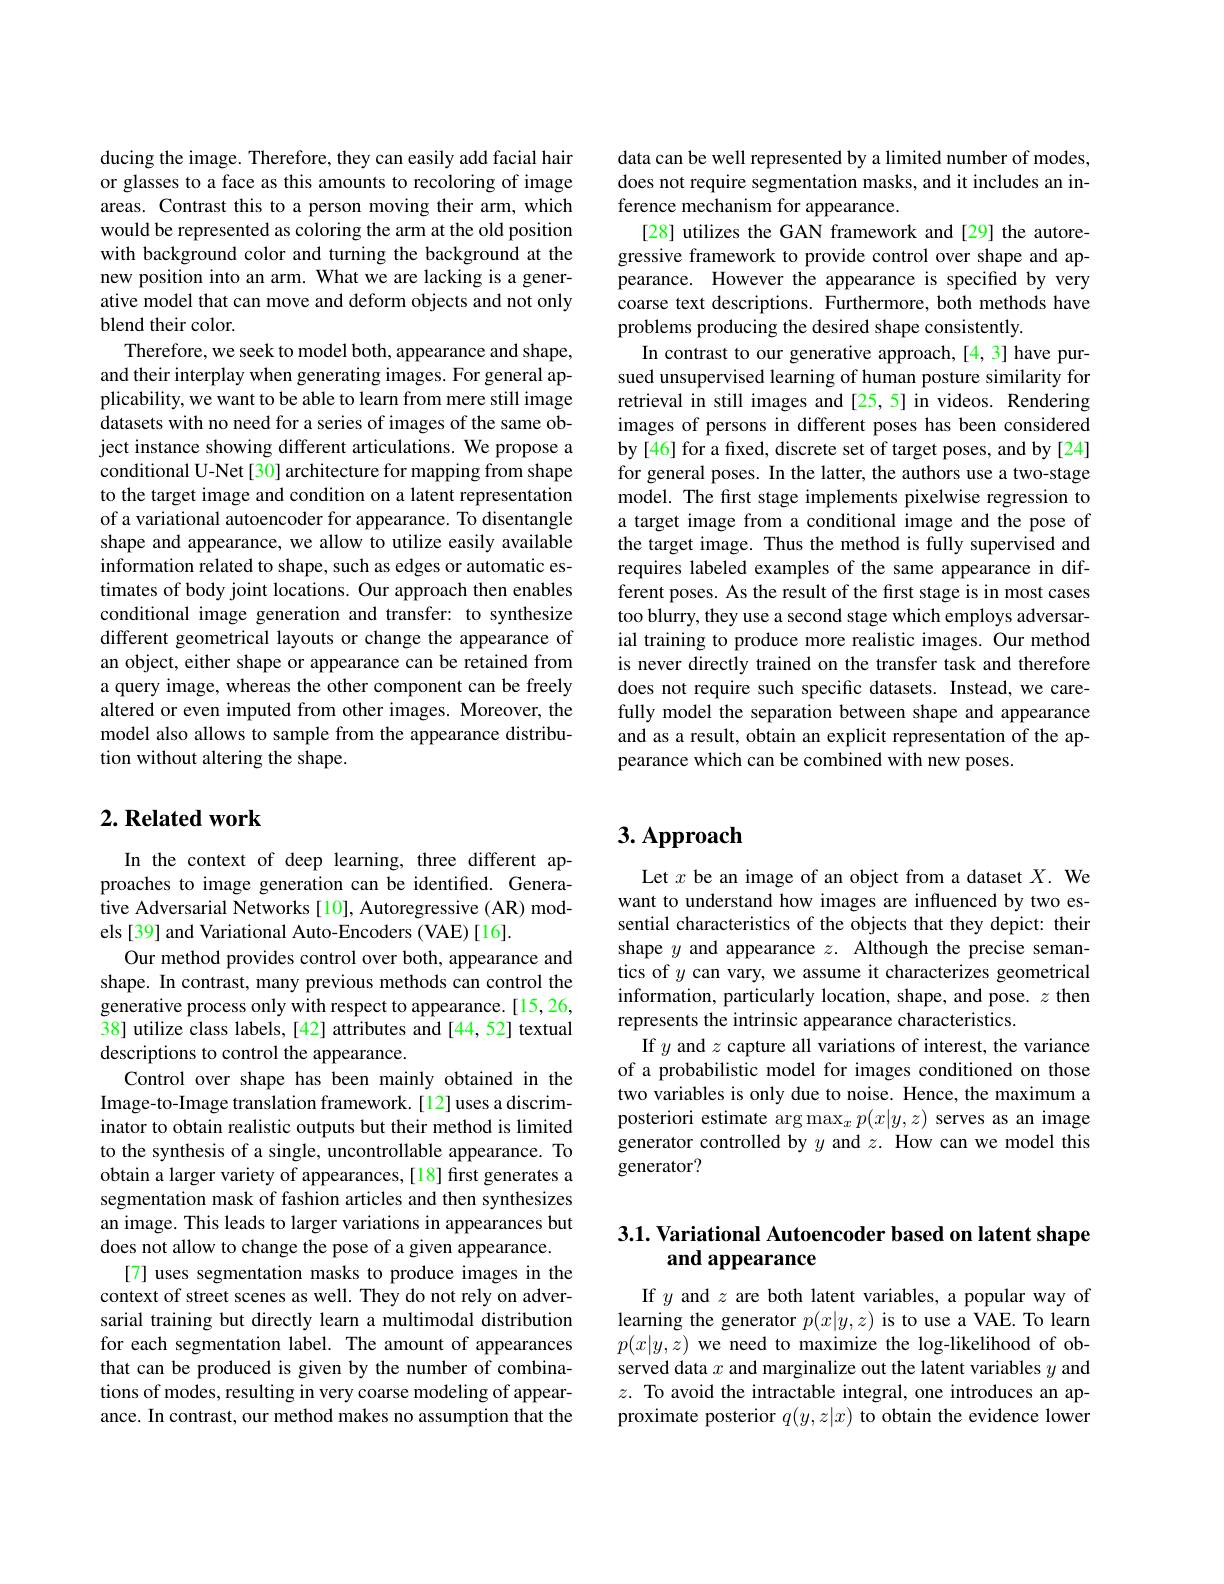
ducing the image. Therefore, they can easily add facial hair or glasses to a face as this amounts to recoloring of image areas. Contrast this to a person moving their arm, which would be represented as coloring the arm at the old position with background color and turning the background at the new position into an arm. What we are lacking is a generative model that can move and deform objects and not only blend their color.
Therefore, we seek to model both, appearance and shape, and their interplay when generating images. For general applicability, we want to be able to learn from mere still image datasets with no need for a series of images of the same object instance showing different articulations. We propose a conditional U-Net[30] architecture for mapping from shape to the target image and condition on a latent representation of a variational autoencoder for appearance. To disentangle shape and appearance, we allow to utilize easily available information related to shape, such as edges or automatic estimates of body joint locations. Our approach then enables conditional image generation and transfer: to synthesize different geometrical layouts or change the appearance of an object, either shape or appearance can be retained from a query image, whereas the other component can be freely altered or even imputed from other images. Moreover, the model also allows to sample from the appearance distribution without altering the shape.

## $2. \textbf{Related work}$

In the context of deep learning, three different approaches to image generation can be identified. Generative Adversarial Networks [10], Autoregressive (AR) models [39] and Variational Auto-Encoders (VAE)[16].
Our method provides control over both, appearance and shape. In contrast, many previous methods can control the generative process only with respect to appearance.[15,26, 38] utilize class labels, [42] attributes and [44,52] textual descriptions to control the appearance.
Control over shape has been mainly obtained in the Image-to-Image translation framework.[12]uses a discriminator to obtain realistic outputs but their method is limited to the synthesis of a single, uncontrollable appearance. To obtain a larger variety of appearances, [18] first generates a segmentation mask of fashion articles and then synthesizes an image. This leads to larger variations in appearances but does not allow to change the pose of a given appearance.
[7] uses segmentation masks to produce images in the context of street scenes as well. They do not rely on adversarial training but directly learn a multimodal distribution for each segmentation label. The amount of appearances that can be produced is given by the number of combinations of modes, resulting in very coarse modeling of appearance. In contrast, our method makes no assumption that the

data can be well represented by a limited number of modes, does not require segmentation masks, and it includes an inference mechanism for appearance.
[28] utilizes the GAN framework and [29] the autoregressive framework to provide control over shape and appearance. However the appearance is specified by very coarse text descriptions. Furthermore, both methods have problems producing the desired shape consistently.
In contrast to our generative approach,[4,3] have pursued unsupervised learning of human posture similarity for retrieval in still images and [25,5] in videos. Rendering images of persons in different poses has been considered by[46] for a fxed, discrete set of target poses, and by [24] for general poses. In the latter, the authors use a two-stage model. The first stage implements pixelwise regression to a target image from a conditional image and the pose of the target image. Thus the method is fully supervised and requires labeled examples of the same appearance in different poses. As the result of the first stage is in most cases too blurry, they use a second stage which employs adversarial training to produce more realistic images. Our method is never directly trained on the transfer task and therefore does not require such specific datasets. Instead, we carefully model the separation between shape and appearance and as a result, obtain an explicit representation of the appearance which can be combined with new poses.

# 3. Approach

Let $x$ be an image of an object from a dataset $X.$ We want to understand how images are influenced by two essential characteristics of the objects that they depict: their shape $y$ and appearance $z.$ Although the precise semantics of $y$ can vary, we assume it characterizes geometrical information, particularly location, shape, and pose. $z$ then represents the intrinsic appearance characteristics.
If $y$ and $z$ capture all variations of interest, the variance of a probabilistic model for images conditioned on those two variables is only due to noise. Hence, the maximum a posteriori estimate arg $\max_xp(x|y,z)$ serves as an image generator controlled by $y$ and $z.$ How can we model this generator?

# 3.1. Variational Autoencoder based on latent shape and appearance

If $y$ and $z$ are both latent variables, a popular way of learning the generator $p(x|y,z)$ is to use a VAE. To learn $p(x|y,z)$ we need to maximize the log-likelihood of observed data $x$ and marginalize out the latent variables $y$ and $z.$ To avoid the intractable integral, one introduces an approximate posterior $q(y,z|x)$ to obtain the evidence lower